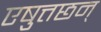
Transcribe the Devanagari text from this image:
एषुत्तछन्